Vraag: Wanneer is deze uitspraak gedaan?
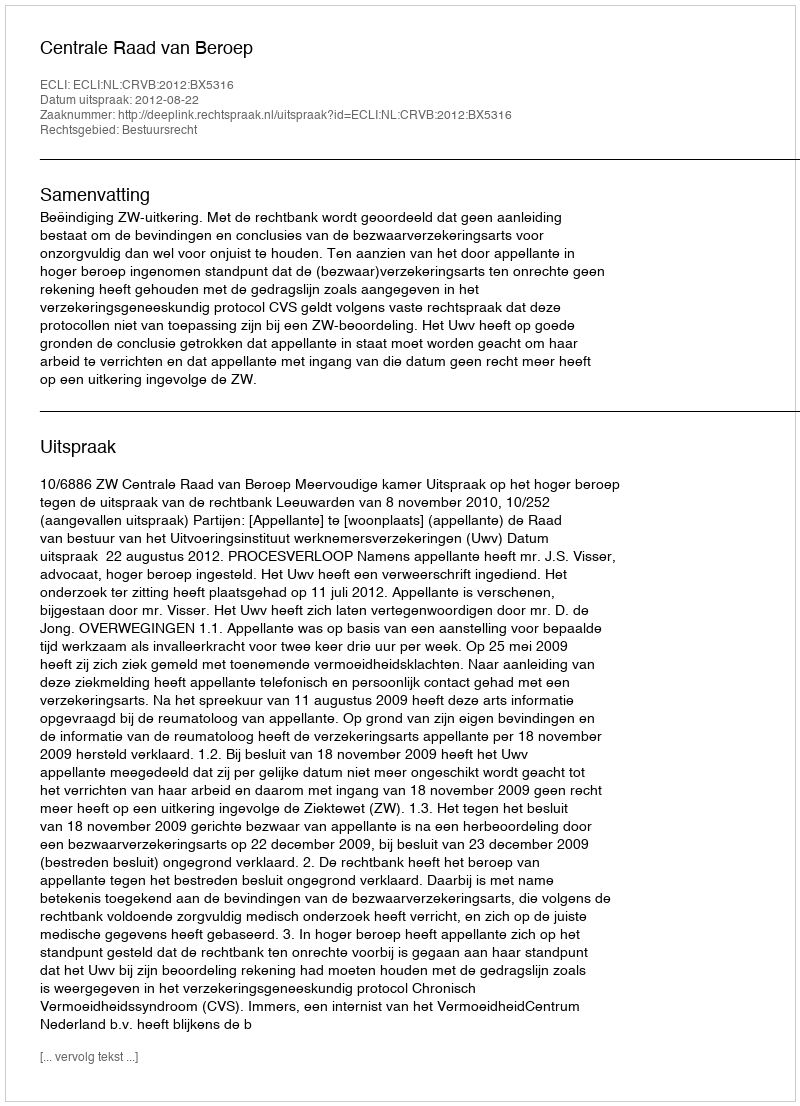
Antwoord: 2012-08-22